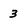
Character: 3